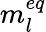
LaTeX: m_{l}^{eq}